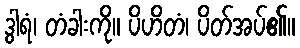
ဒွါရံ၊ တံခါးကို။ ပိဟိတံ၊ ပိတ်အပ်၏။